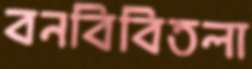
বনবিবিতলা